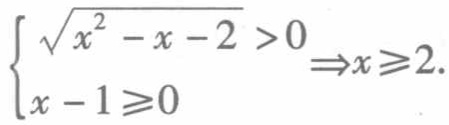
$\left\{\begin{array}{l}  \sqrt{x^{2}-x - 2}>0\\x - 1\geqslant0\end{array}\right. \Rightarrow x\geqslant2.$